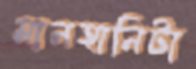
মানহানিটা